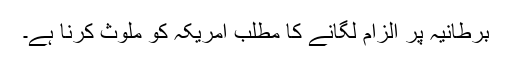
برطانیہ پر الزام لگانے کا مطلب امریکہ کو ملوث کرنا ہے۔